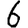
Digit: 6